画像に写った文字を読んでください
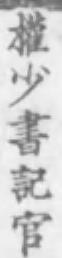
「權少書記官」と書いてあります